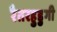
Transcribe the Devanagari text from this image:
रैतरहुडुगी